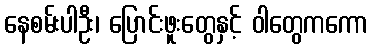
နေစမ်းပါဦး၊ ပြောင်းဖူးတွေနှင့် ဝါတွေကကော